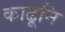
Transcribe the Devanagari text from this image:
काढूनि